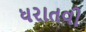
ધરાતવી